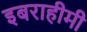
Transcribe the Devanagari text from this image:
इबराहीमी